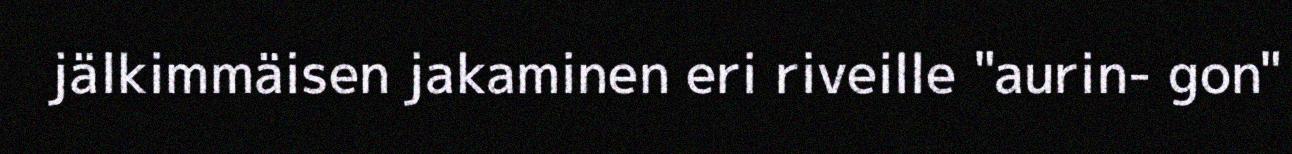
jälkimmäisen jakaminen eri riveille "aurin- gon"